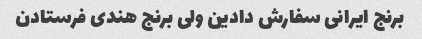
برنج ایرانی سفارش دادین ولی برنج هندی فرستادن